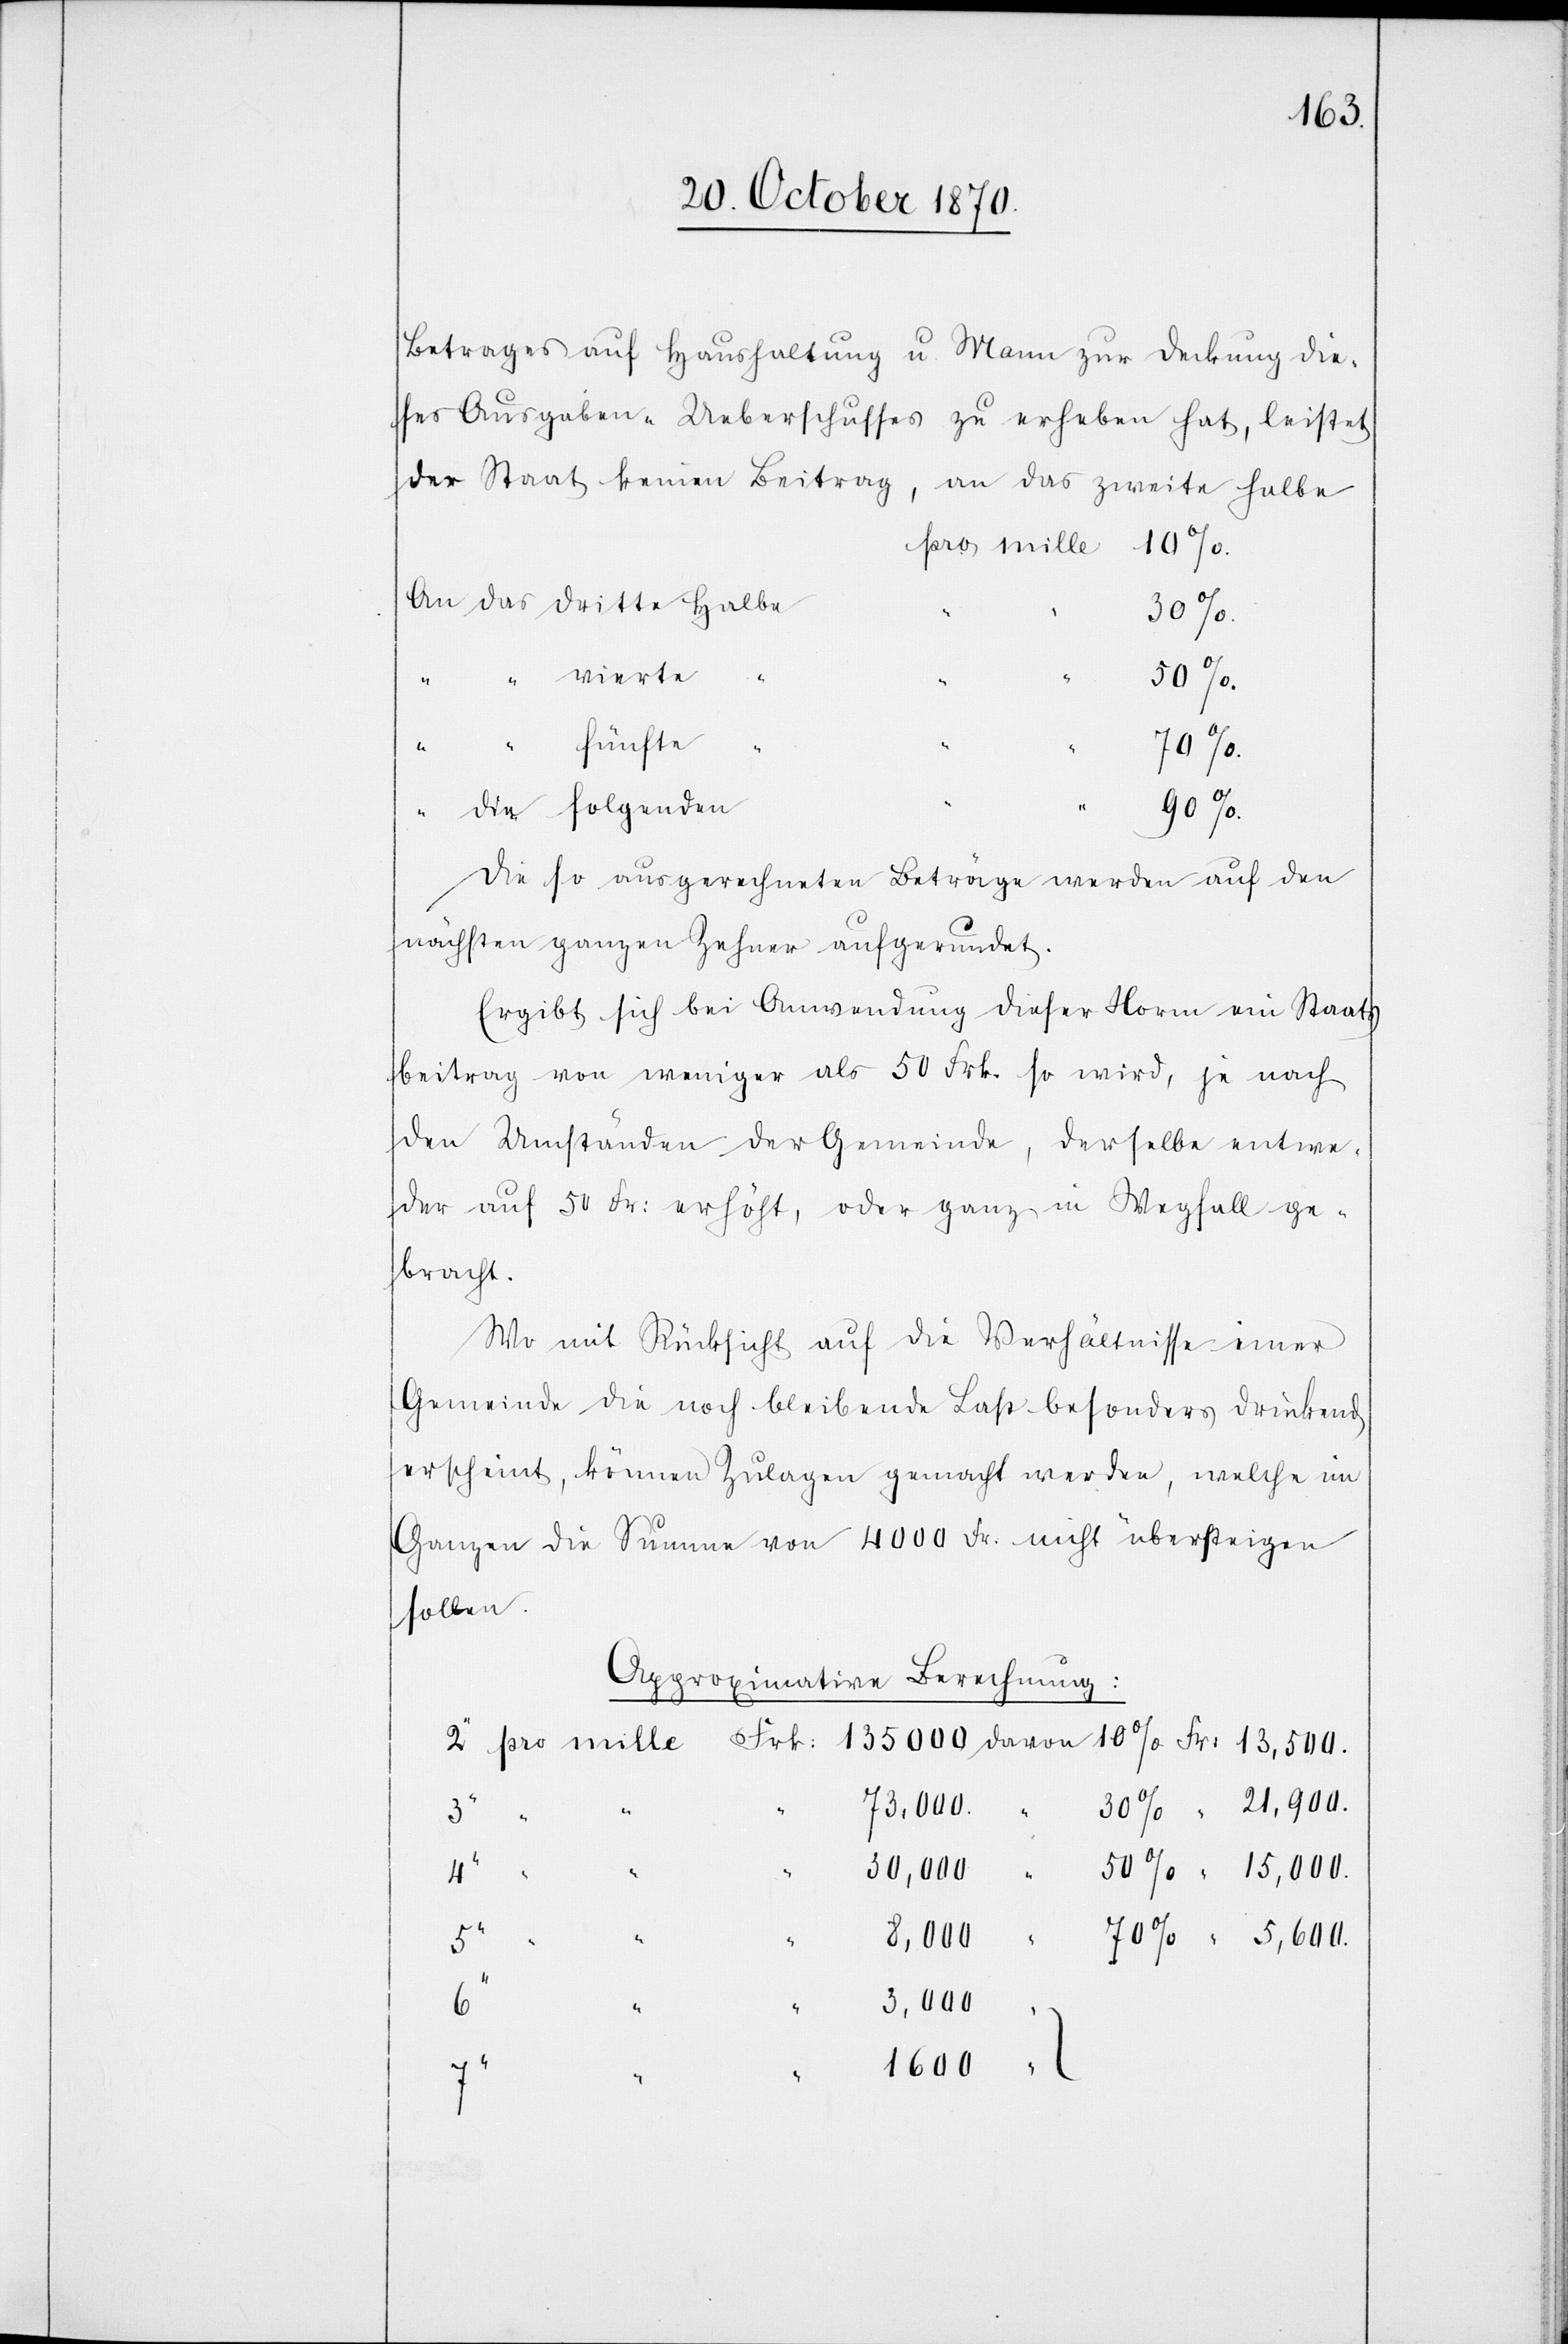
Betrages auf Haushaltung u. Mann zur Deckung die¬
ses Ausgaben-Ueberschusses zu erheben hat, leistet
Die so ausgerechneten Beträge werden auf den
nächsten ganzen Zehner aufgerundet.
Ergibt sich bei Anwendung dieser Norm ein Staats¬
beitrag von weniger als 50 Frk. so wird, je nach
den Umständen der Gemeinde, derselbe entwe¬
der auf 50 Fr: erhöht, oder ganz in Wegfall ge¬
bracht.
Wo mit Rücksicht auf die Verhältnisse einer
Gemeinde die noch bleibende Last besonders drückend
erscheint, können Zulagen gemacht werden, welche im
Ganzen die Summe von 4000 Fr. nicht übersteigen
sollen.
Approximative Berechnung:
73,000
30,000
5“
an
4“
3,000
“
1600